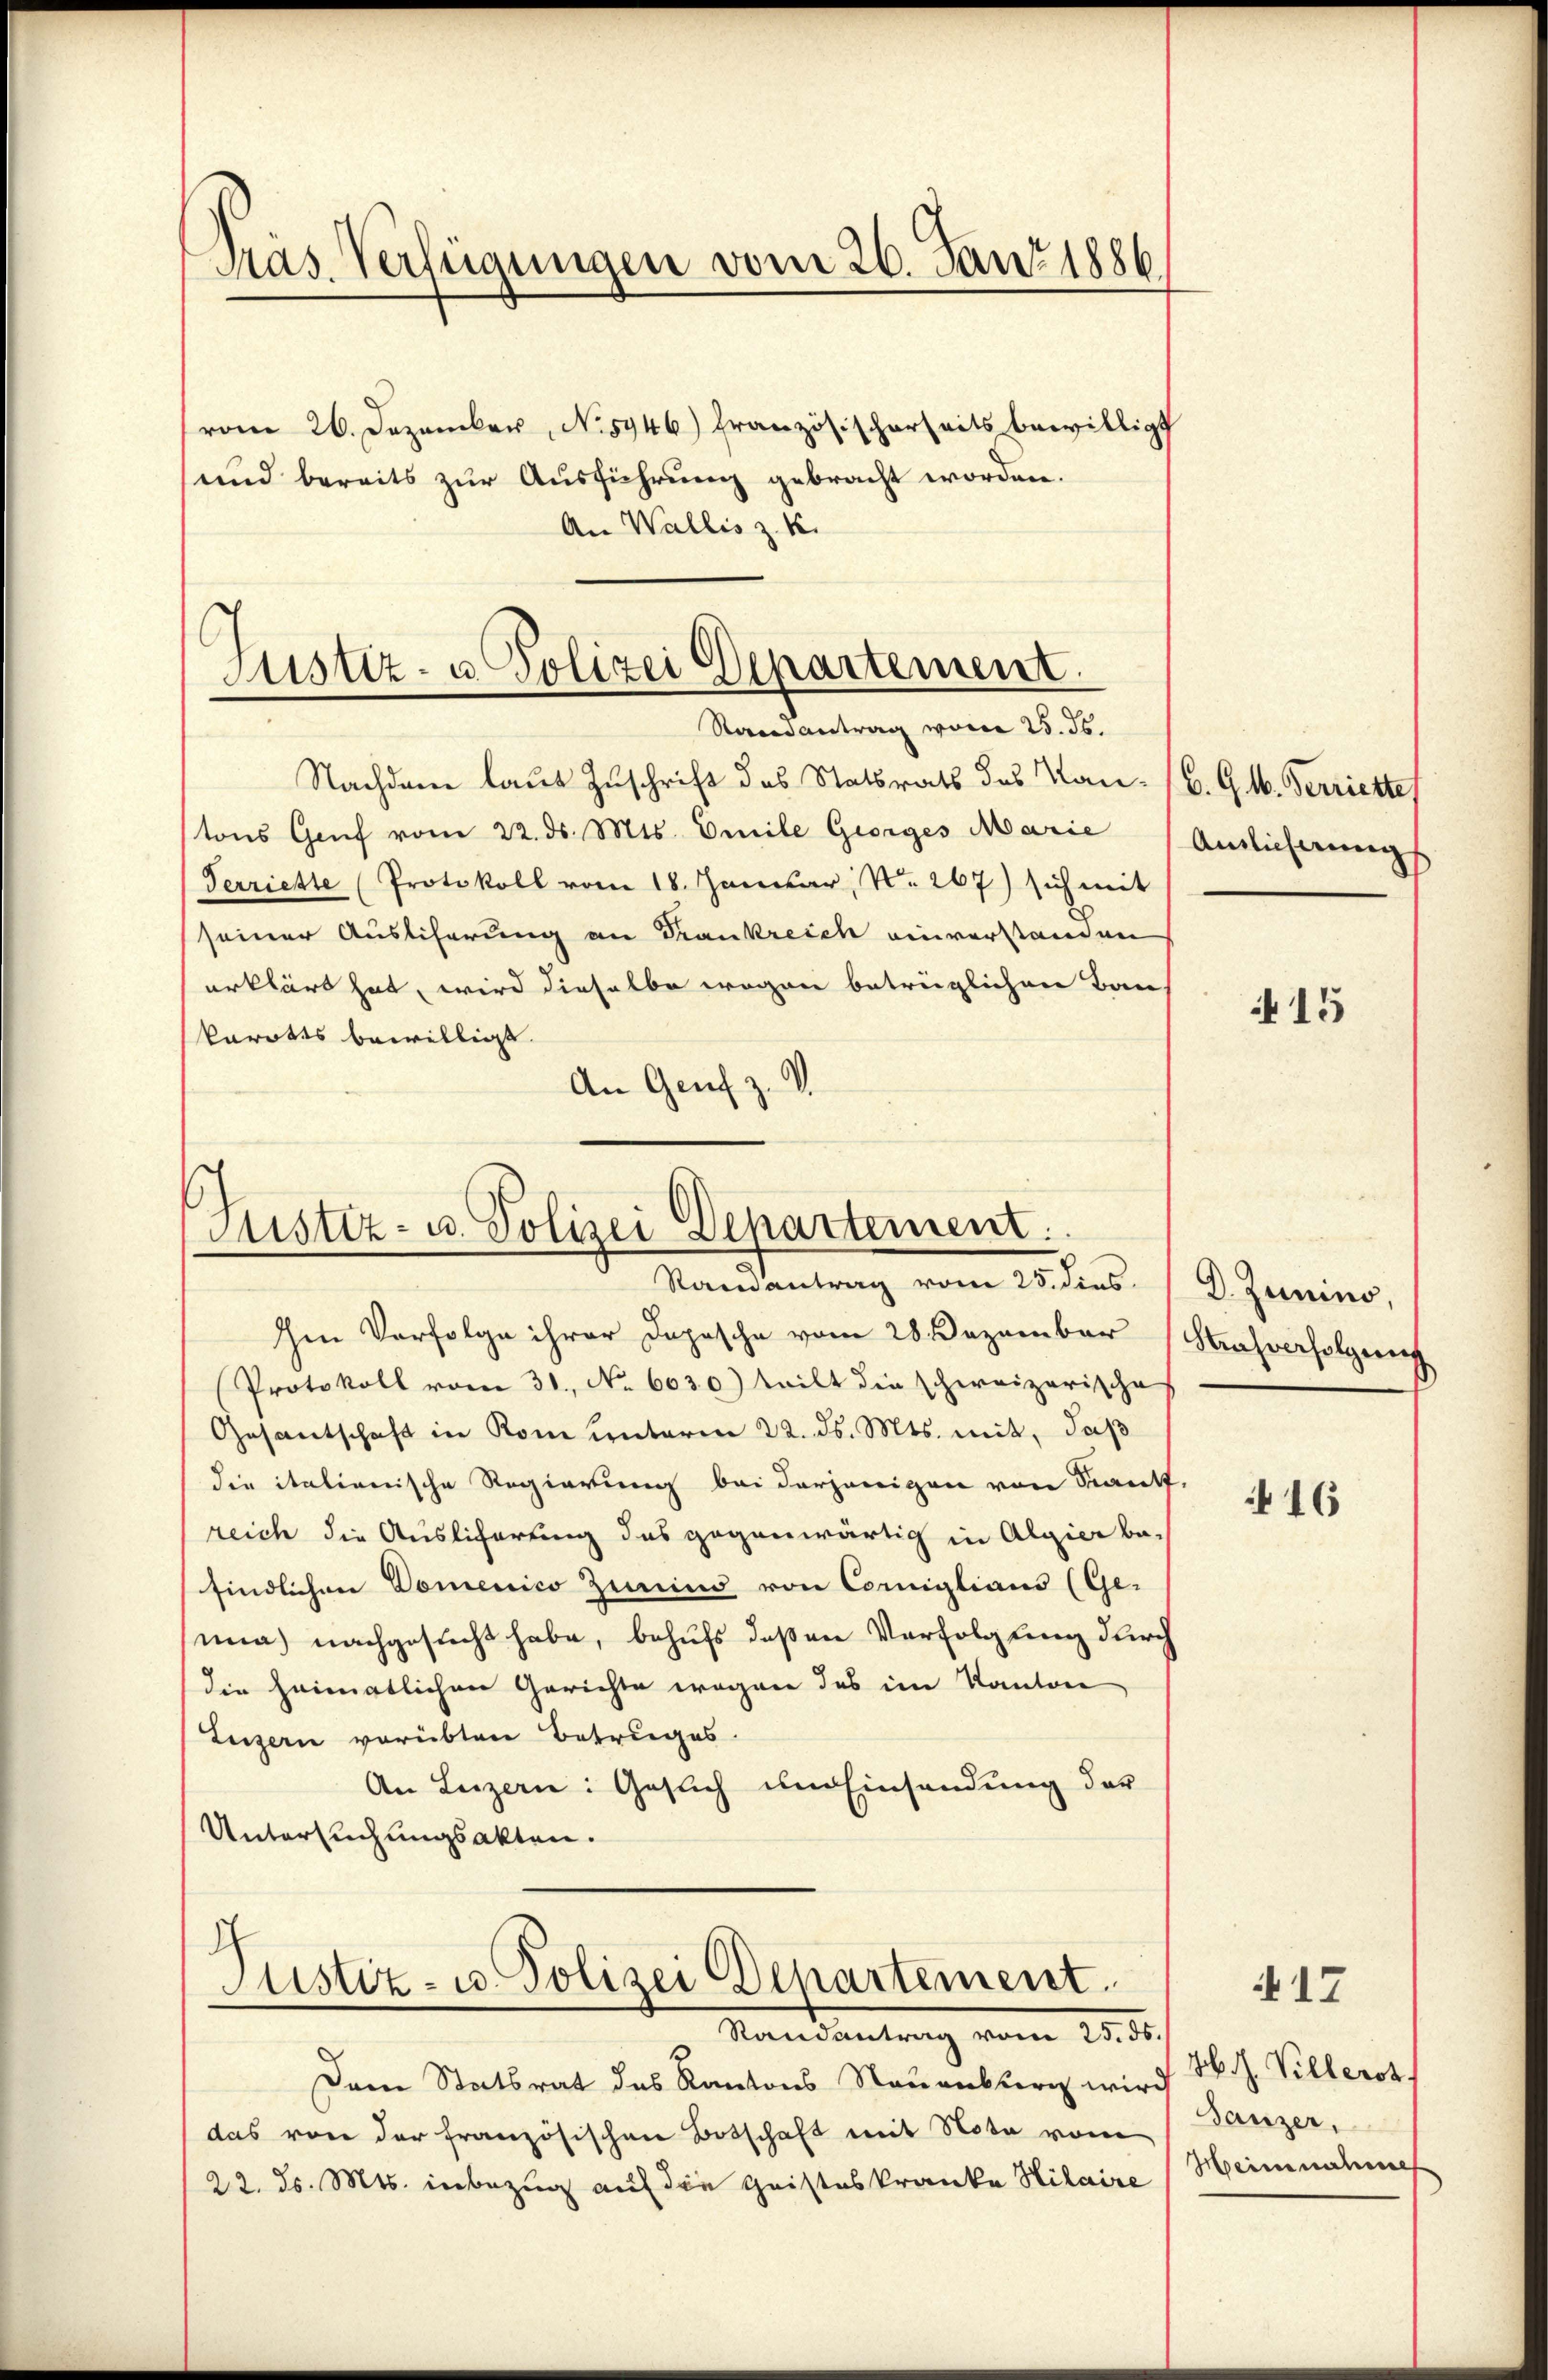
Pras. Verfügungen vom 26. Jan. 1886

vom 26. Dezember, N. 5946) Französischerheits bewilligt
und bereits zur Ausführung gebracht worden
An Wallis z. K.

Justiz- u. Polizei Departement
Saandantrag von 25. ds.

Nachdem laut Zuschrift des Statsrath das Kan- (C. G. 1. Verriette
tons Genf vom 22. ds. Mts. Emile Georges Marie
Terriette (Protokoll vom 18. Januar, No. 267) sich mit
seiner Auslieferung an Frankreich einverstanden
erklärt hat, wird dieselbe wegen betrüglichen Bau
karotes bewilligt.
An Genf z. B.

Justiz- u. Polizei Departement.
Randantrag vom 25. dies D. Junius,

Ien Verfolge ihrer Dopische vom 28. Dezember Strafverfolgen
Protokoll vom 31. No. 6030) teilt die schweizerische
Gesantschaft in Rom unterm 22. ds. Mts. mit, daß
die italienische Regierung bei derjenigen von Sankt,
reich die Auslicherung des gegenwärtig in Algier be-
findlichen Domenico Zemins von Comiglians (Ge-
mna) nachgesucht habe, behufs deßen Verfolgung durch
(die heimatlichen Gerichte wegen des im Kanton
Luzern verübten Betruges.
An Luzern: Gesuch um Einsendung der
Untersuchungsakten.
h
Justiz- u. Polizei Departement.
Mandantrag vom 28. d.
Dem Statsrat des Kantons Neuenburg wird
das von der französischen Botschaft mit Nota von
22. ds. Mts. inbezug auf die Geisteskranke Hilaire Heinnahme

Anslicherung

415

16

17

H. H. Villerst
Bauzer,